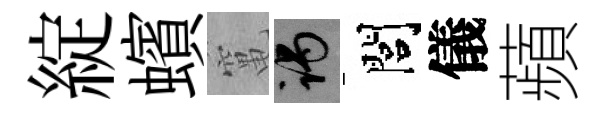
綻蠙𥧄谒閭儀蘋